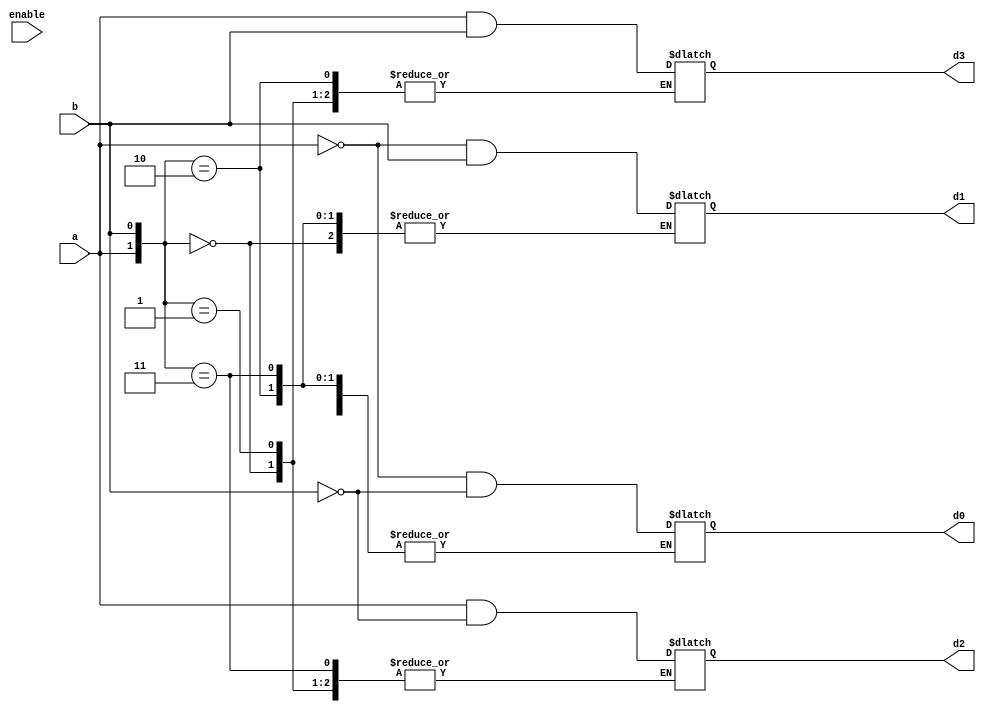
module decoder(a,b,d0,d1,d2,d3,enable);
input a,b,enable;
output d0,d1,d2,d3;

reg d0,d1,d2,d3;

always @(enable)

begin

case({a,b})

	2'b00	:	d0 = (~a&~b);
	2'b01	:	d1 = (~a&b);
	2'b10	:	d2 = (a&~b);
	2'b11	:	d3 = (a&b);
	//default : d0=d1=d2=d3=0;
	
	endcase
end

endmodule